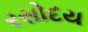
રસોદય